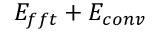
E _ { f f t } + E _ { c o n v }